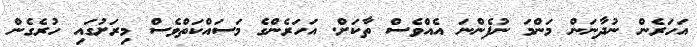
އަހަރެން ނުދާނަން މަންމަ ނުފެންނަ އެއްވެސް ތާކަށް. އަހަރެންގެ މަސައްކަތްވެސް މިރަށުގައި ހުރެގެން